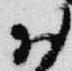
お